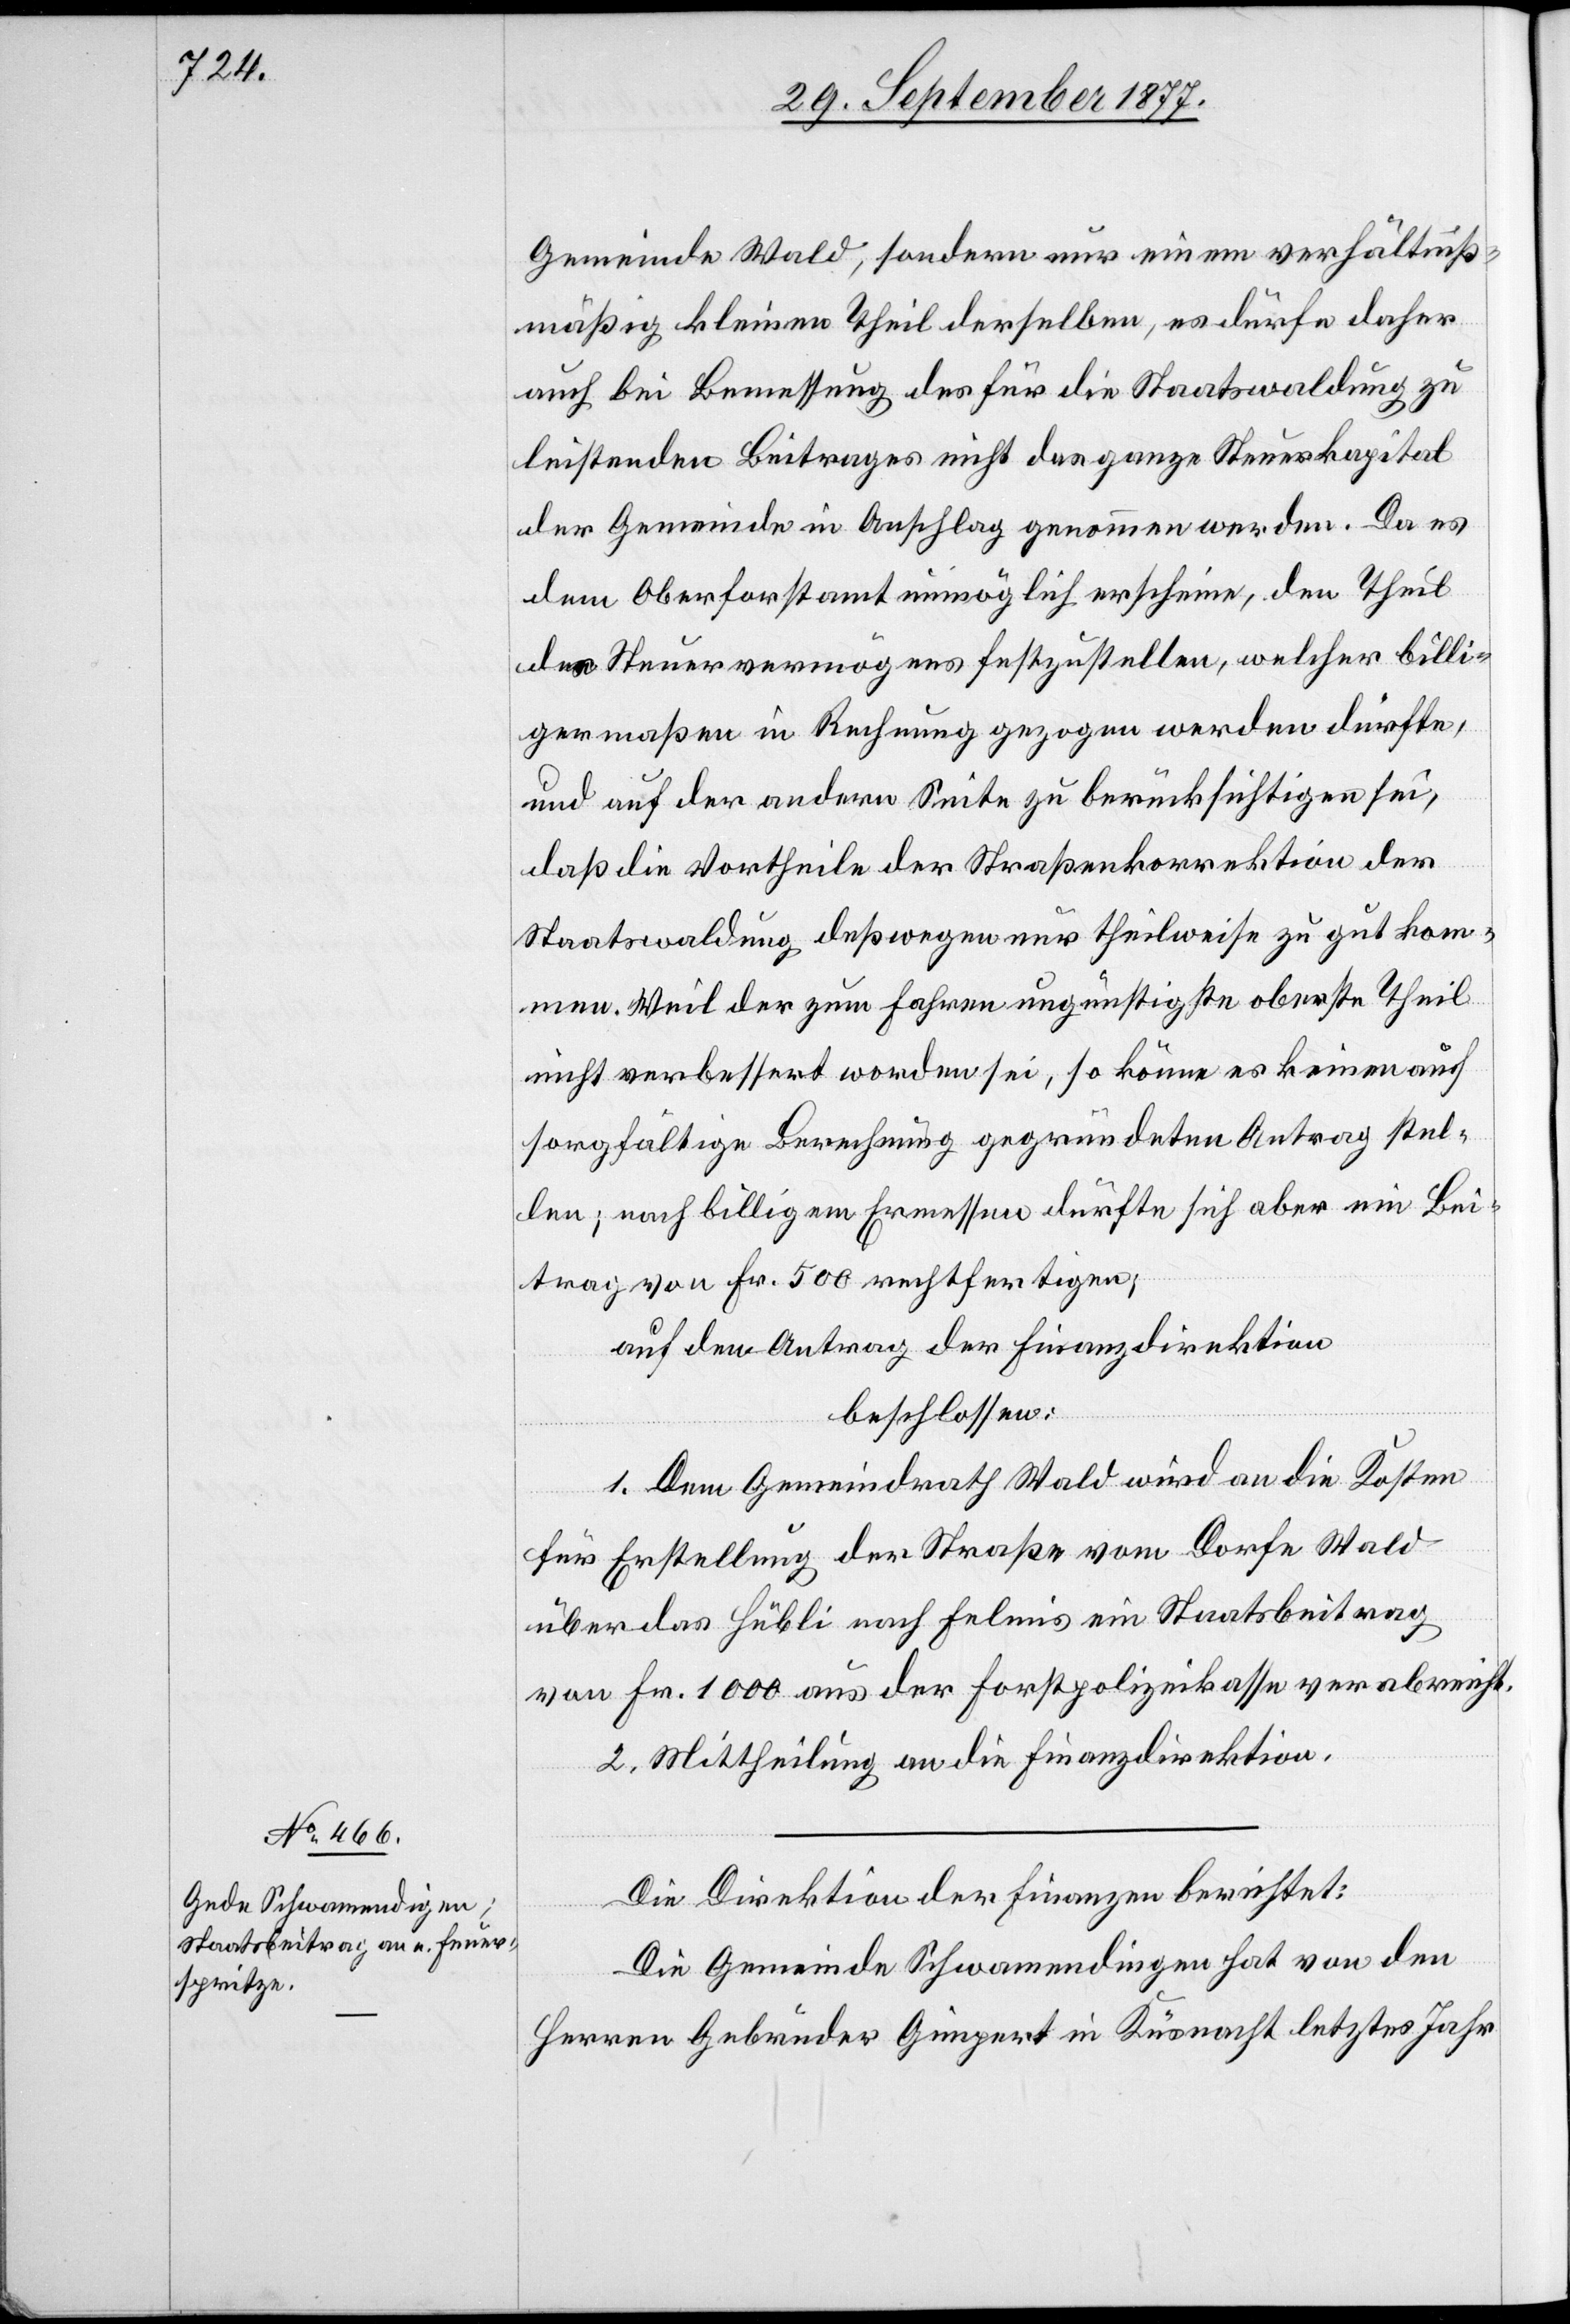
Gemeinde Wald, sondern nur einem verhältniß¬
mäßig kleinen Theil derselben, es dürfe daher
auch bei Bemessung des für die Staatswaldung zu
leistenden Beitrages nicht das ganze Steuerkapital
der Gemeinde in Anschlag genommen werden. Da es
dem Oberforstamt unmöglich erscheine, den Theil
des Steuervermögens festzustellen, welcher billi¬
germaßen in Rechnung gezogen werden dürfte,
und auf der andern Seite zu berücksichtigen sei,
daß die Vortheile der Straßenkorrektion der
Staatswaldung deßwegen nur theilweise zu gut kom¬
men. Weil der zum Fahren ungünstigste oberste Theil
nicht verbessert worden sei, so könne es keinen auf
sorgfältige Berechnung gegründeten Antrag stel¬
len; nach billigem Ermessen dürfte sich aber ein Bei¬
trag von Fr. 500 rechtfertigen;
auf den Antrag der Finanzdirektion
beschlossen:
1. Dem Gemeindrath Wald wird an die Kosten
für Erstellung der Straße vom Dorfe Wald
über das Hübli nach Felmis ein Staatsbeitrag
von Fr. 1000 aus der Forstpolizeikasse verabreicht.
2. Mittheilung an die Finanzdirektion.
Die Direktion der Finanzen berichtet:
Die Gemeinde Schwamendingen hat von den
Herren Gebrüder Gimpert in Küsnacht letztes Jahr